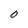
Character: O